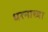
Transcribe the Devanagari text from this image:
धरनाच्या